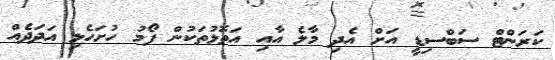
ކަރަންޓް ސަބްސިޑީ އަށް އެދި މާލެ އާއި އަތޮޅުތަކުން ފޯމު ހުށަހެޅި އަދަދެއް